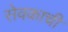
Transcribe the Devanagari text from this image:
सेवकाची